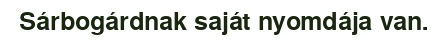
Sárbogárdnak saját nyomdája van.